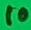
Text: 10